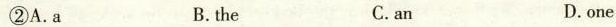
②A.a B. the C.an D.one